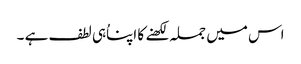
اس میں جملہ لکھنے کا اپناُہی لطف ہے ۔